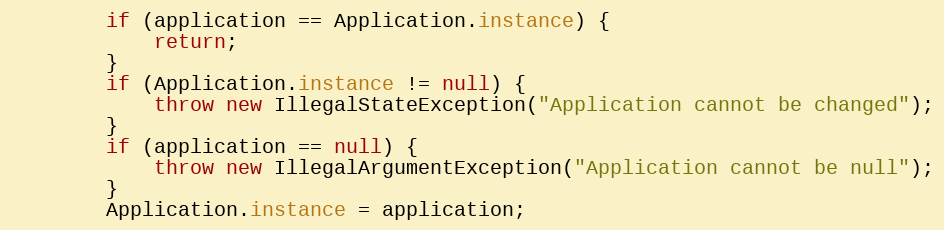
Language: Java
		if (application == Application.instance) {
			return;
		}
		if (Application.instance != null) {
			throw new IllegalStateException("Application cannot be changed");
		}
		if (application == null) {
			throw new IllegalArgumentException("Application cannot be null");
		}
		Application.instance = application;